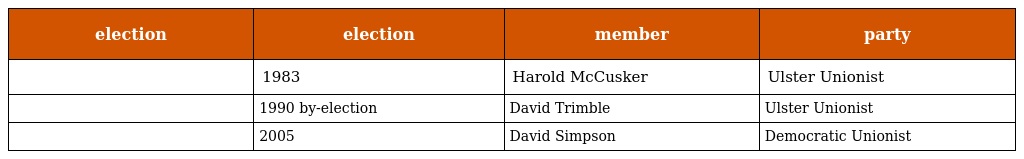
| election | election | member | party |
 | --- | --- | --- | --- |
 |  | 1983 | Harold McCusker | Ulster Unionist |
 |  | 1990 by-election | David Trimble | Ulster Unionist |
 |  | 2005 | David Simpson | Democratic Unionist |